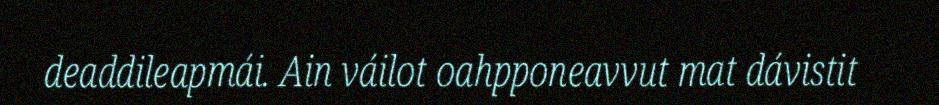
deaddileapmái. Ain váilot oahpponeavvut mat dávistit